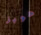
هوبز